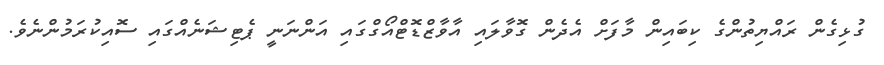
ގުޅިގެން ރައްޔިތުންގެ ކިބައިން މާފަށް އެދެން ގޮވާލައި އާވާޒްޑޮޓްއޯގްގައި އަންނަނީ ޕެޓިޝަނެއްގައި ސޮއިކުރަމުންނެވެ.